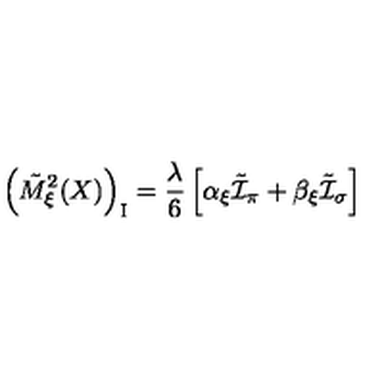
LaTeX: \left( \tilde { M } _ { \xi } ^ { 2 } ( X ) \right) _ { \mathrm { \scriptsize { I } } } = \frac { \lambda } { 6 } \left[ \alpha _ { \xi } \tilde { \cal I } _ { \pi } + \beta _ { \xi } \tilde { \cal I } _ { \sigma } \right]